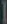
|